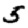
Digit: 5